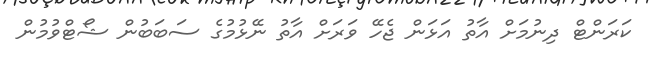
ކަރަންޓް ދިނުމަށް އާތު އަޅަން ޖެހޭ ވަރަށް އާތު ނޭޅުމުގެ ސަބަބުން ޝޯޓްވުމުން